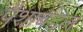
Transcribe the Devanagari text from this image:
पैशाबद्दल